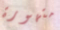
متهورة